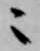
ニ